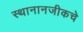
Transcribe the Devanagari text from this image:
स्थानानजीकचे